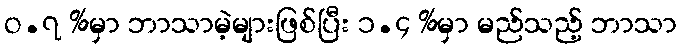
ဝ.၇ %မှာ ဘာသာမဲ့များဖြစ်ပြီး ၁.၄ %မှာ မည်သည့် ဘာသာ